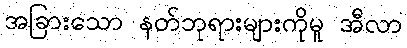
အခြားသော နတ်ဘုရားများကိုမူ အီလာ